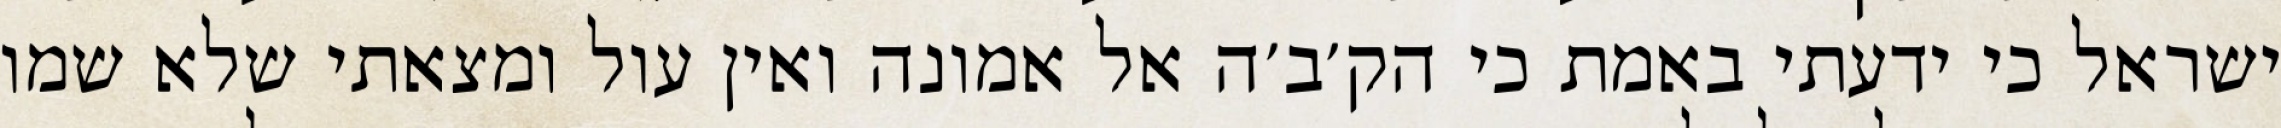
ישראל כי ידעתי באמת כי הק׳ב׳ה אל אמונה ואין עול ומצאתי שלא שמו